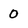
Character: 0